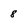
Character: 8